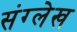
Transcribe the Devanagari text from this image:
संग्लेख